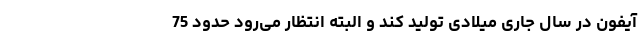
آیفون در سال جاری میلادی تولید کند و البته انتظار می‌رود حدود 75